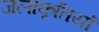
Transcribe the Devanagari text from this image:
जलाकृतियों